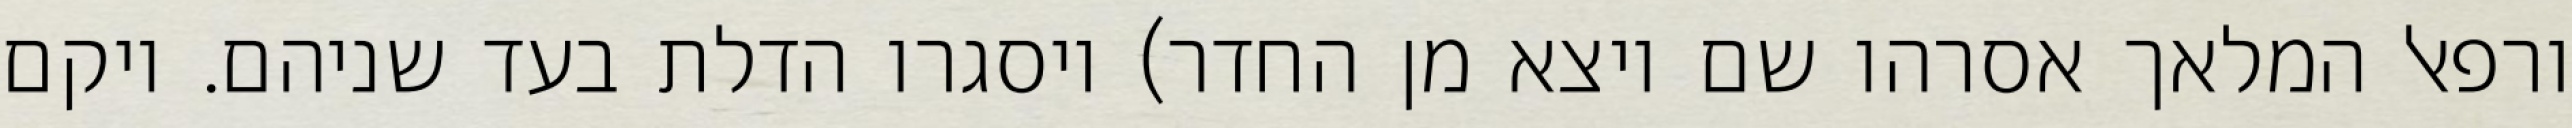
ורפאל המלאך אסרהו שם ויצא מן החדר) ויסגרו הדלת בעד שניהם. ויקם